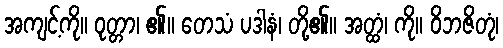
အကျင့်ကို။ ဝုတ္တာ၊ ၏။ တေသံ ပဒါနံ၊ တို့၏။ အတ္ထံ၊ ကို။ ဝိဘဇိတုံ၊